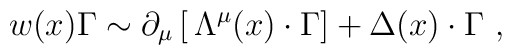
w(x) \Gamma \sim\partial_\mu \left[ \,\Lambda^\mu (x) \cdot \Gamma \right] +  \Delta(x)\cdot\Gamma          \,\,,